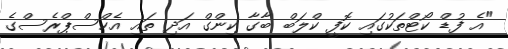
"އެ ފުޑް ކޯޓްތަކުގައި ކޮފީ ކްލަބް ބާގާ ކިންގް އަދި ތައި އެކްސްޕްރެސްގެ